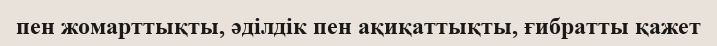
пен жомарттықты, әділдік пен ақиқаттықты, ғибратты қажет